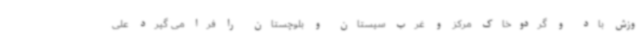
وزش باد و گردوخاک مرکز و غرب سیستان و بلوچستان را فرا می گیرد علی